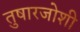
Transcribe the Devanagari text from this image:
तुषारजोशी